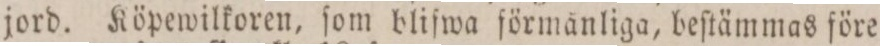
jord. Köpewilkoren, ſom bliſwa förmånliga, beſtämmas före